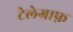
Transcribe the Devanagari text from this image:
टेलेग्राफ़